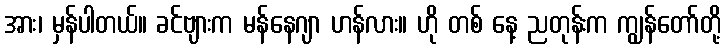
အား၊ မှန်ပါတယ်။ ခင်ဗျားက မန်နေဂျာ ဟန်လား။ ဟို တစ် နေ့ ညတုန်းက ကျွန်တော်တို့